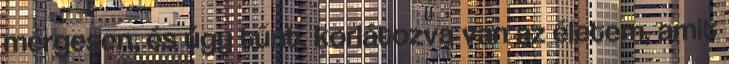
mérgesen, és úgy tűnt, korlátozva van az életem, amit